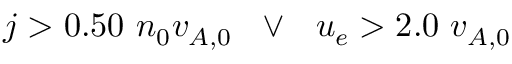
j > 0 . 5 0 \ n _ { 0 } v _ { A , 0 } \ \ \lor \ \ u _ { e } > 2 . 0 \ v _ { A , 0 }